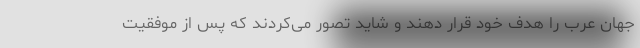
جهان عرب را هدف خود قرار دهند و شاید تصور می‌کردند که پس از موفقیت